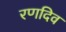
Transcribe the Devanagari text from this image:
रणदिव